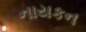
નાયકન